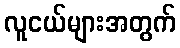
လူငယ်များအတွက်